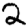
Digit: 2